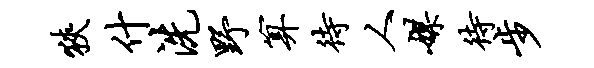
狭什洗野算待人媒待步